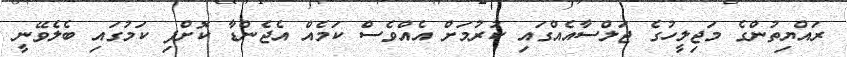
ރައްޔިތުންގެ މަޖިލީހުގެ ޖަލްސާއެއްގައި ކުރުމަށް އެއްވެސް ކަމެއް އެޖެންޑާ ކޮށްފި ކަމުގައި ބެލެވޭނީ